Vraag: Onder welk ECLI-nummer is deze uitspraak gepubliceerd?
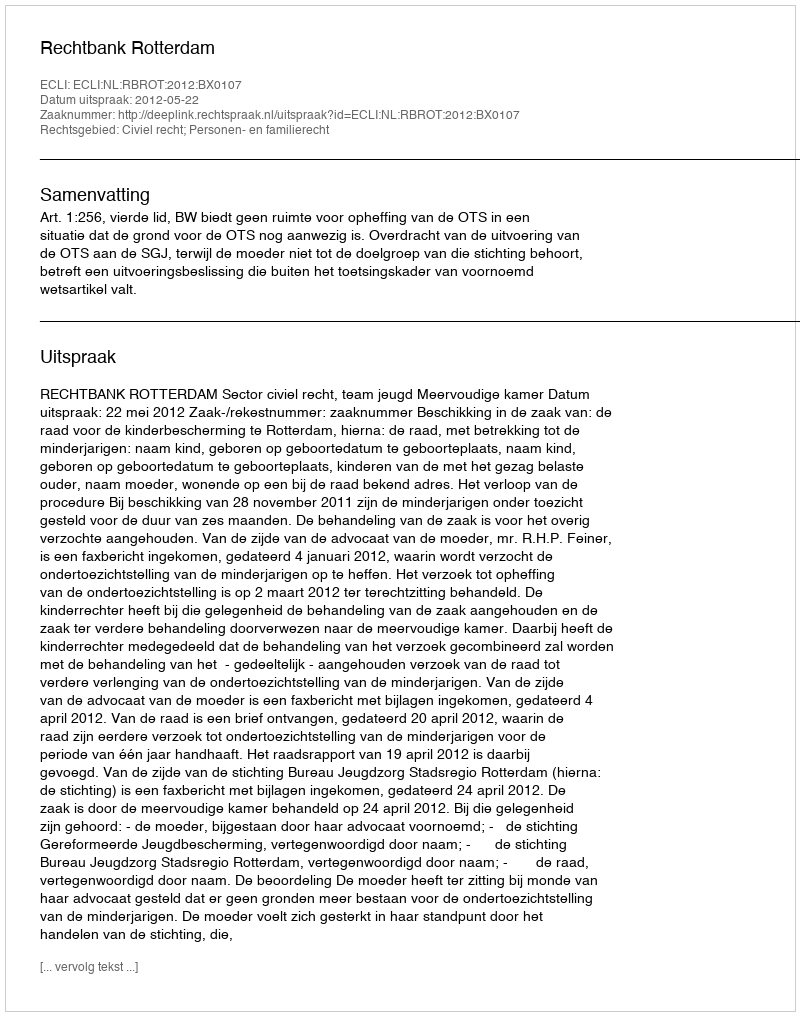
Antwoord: ECLI:NL:RBROT:2012:BX0107